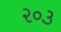
૨૦૩